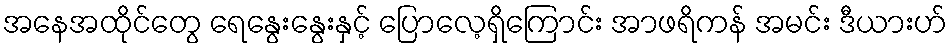
အနေအထိုင်တွေ ရေနွေးနွေးနှင့် ပြောလေ့ရှိကြောင်း အာဖရိကန် အမင်း ဒီယားဟ်